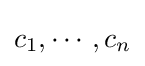
c_{1},\cdots ,c_{n}